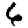
Digit: 6